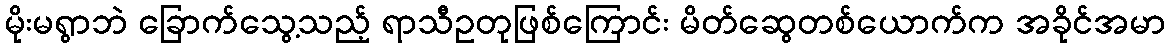
မိုးမရွာဘဲ ခြောက်သွေ့သည့် ရာသီဥတုဖြစ်ကြောင်း မိတ်ဆွေတစ်ယောက်က အခိုင်အမာ